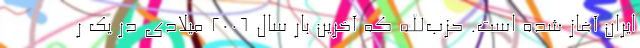
ایران آغاز شده است. حزب‌الله که آخرین بار سال ۲۰۰۶ میلادی در یک ر